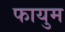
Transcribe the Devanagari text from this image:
फायुम